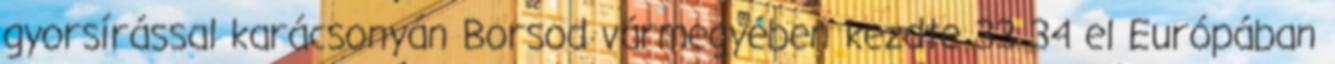
gyorsírással karácsonyán Borsod vármegyében kezdte 33 34 el Európában